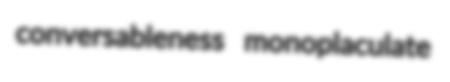
conversableness monoplaculate